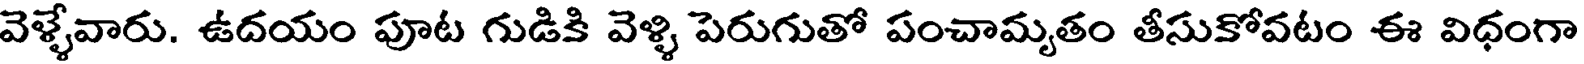
వెళ్ళేవారు. ఉదయం పూట గుడికి వెళ్ళి పెరుగుతో పంచామృతం తీసుకోవటం ఈ విధంగా